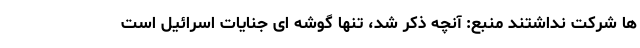
ها شرکت نداشتند منبع: آنچه ذکر شد، تنها گوشه ای جنایات اسرائیل است